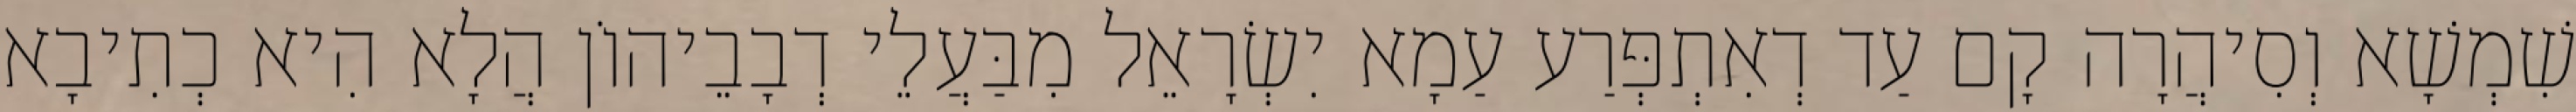
שִׁמְשָׁא וְסִיהֲרָה קָם עַד דְאִתְפְּרַע עַמָא יִשְׂרָאֵל מִבַּעֲלֵי דְבָבֵיהוֹן הֲלָא הִיא כְתִיבָא